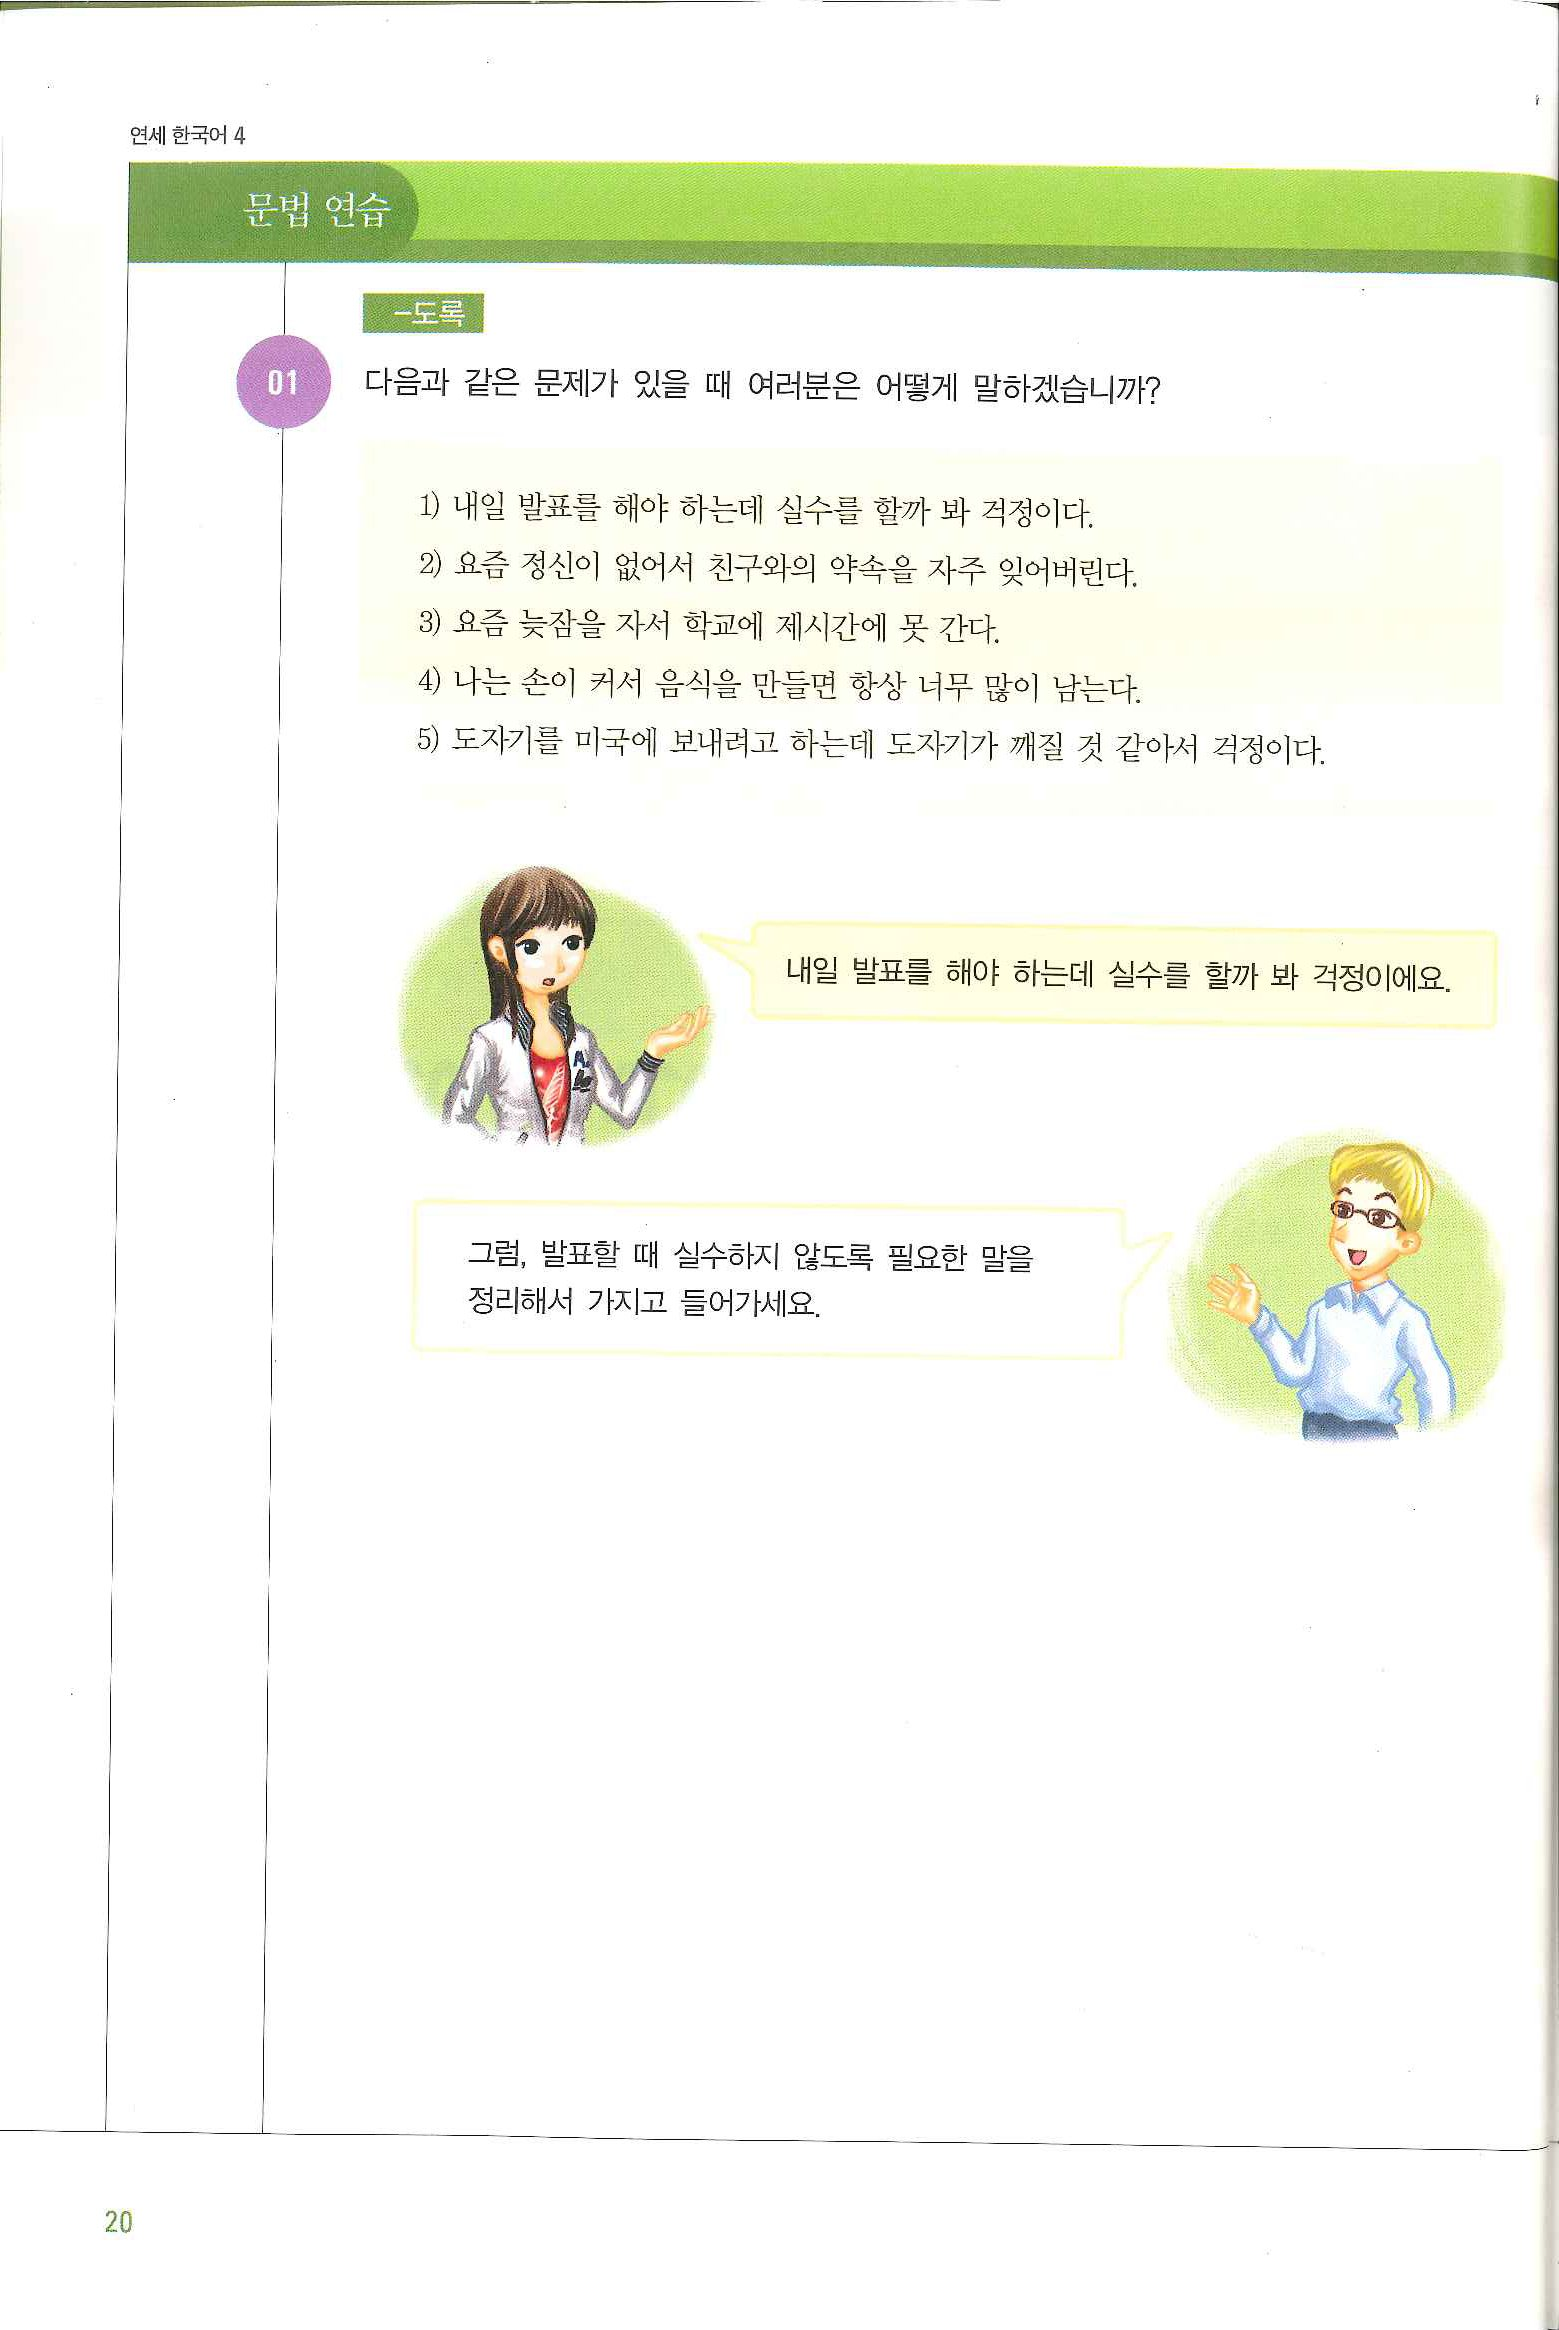
Language: ko